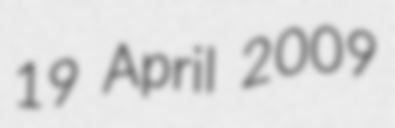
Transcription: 19 April 2009